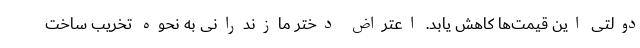
دولتی این قیمت‌ها کاهش یابد. اعتراض دختر مازندرانی به نحوه تخریب ساخت